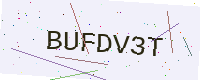
Text: BUFDV3T